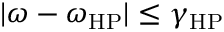
| \omega - \omega _ { \mathrm { H P } } | \leq \gamma _ { \mathrm { H P } }